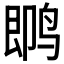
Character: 𱉼